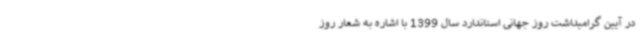
در آیین گرامیداشت روز جهانی استاندارد سال 1399 با اشاره به شعار روز